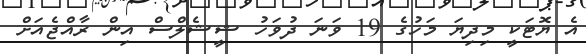
އެ ޔޮޓަކީ މިދިޔަ މަހުގެ 19 ވަނަ ދުވަހު ޝީޝެލްސް އިން ރާއްޖެއަށް